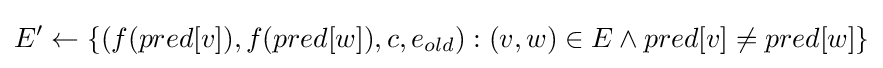
E'\gets \{(f(pred[v]),f(pred[w]),c,e_{old}):(v,w)\in E\land pred[v]\neq pred[w]\}